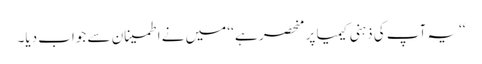
‘‘یہ آپ کی ذہنی کیمیا پر منحصر ہے ‘‘ میں نے اطمینان سے جواب دیا۔